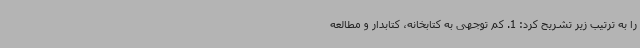
را به ترتیب زیر تشریح کرد: 1. کم توجهی به کتابخانه، کتابدار و مطالعه